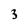
Character: 3